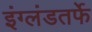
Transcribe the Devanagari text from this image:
इंग्लंडतर्फे